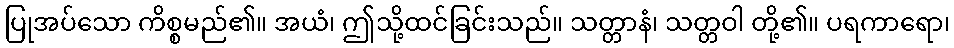
ပြုအပ်သော ကိစ္စမည်၏။ အယံ၊ ဤသို့ထင်ခြင်းသည်။ သတ္တာနံ၊ သတ္တဝါ တို့၏။ ပရကာရော၊